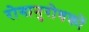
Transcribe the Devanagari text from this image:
रोगानुरोधकों